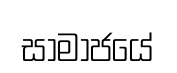
සාමාජයේ